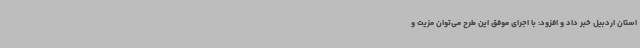
استان اردبیل خبر داد و افزود: با اجرای موفق این طرح می‌توان مزیت و